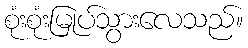
စုံးစုံးမြုပ်သွားလေသည်။